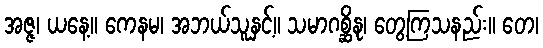
အဇ္ဇ၊ ယနေ့။ ကေနမ၊ အဘယ်သူနှင့်။ သမာဂစ္ဆိနု၊ တွေ့ကြသနည်း။ တေ၊